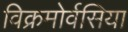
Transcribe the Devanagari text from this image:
विक्रमोर्वसिया